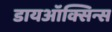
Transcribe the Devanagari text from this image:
डायऑक्सिन्स